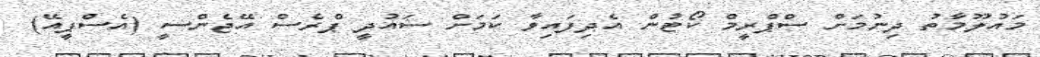
މައުލޫމާތު ދިނުމަށް ސްޕްރީމް ކޯޓުން އެދިފައިވާ ކަމަށް ސައުދީ ޕްރެސް އޭޖެންސީ (އެސްޕީއޭ)